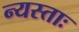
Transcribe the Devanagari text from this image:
न्यस्ताः